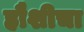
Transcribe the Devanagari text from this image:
हौशीचा